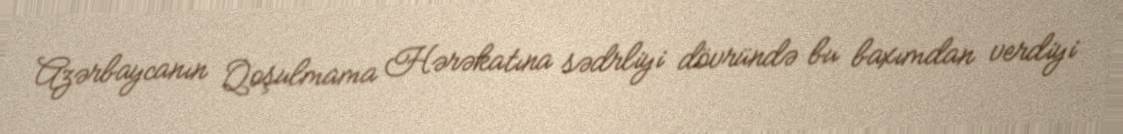
Azərbaycanın Qoşulmama Hərəkatına sədrliyi dövründə bu baxımdan verdiyi